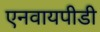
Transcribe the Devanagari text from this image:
एनवायपीडी